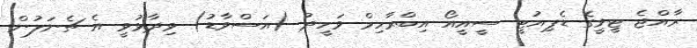
ރާއްޖެ ޓީވީގެ ޑެޕިއުޓީ ސީއީއޯ އިބްރާހިމް ވަހީދު (އަސްވާޑު) ވިދާޅުވީ އެ ޗެނަލުން